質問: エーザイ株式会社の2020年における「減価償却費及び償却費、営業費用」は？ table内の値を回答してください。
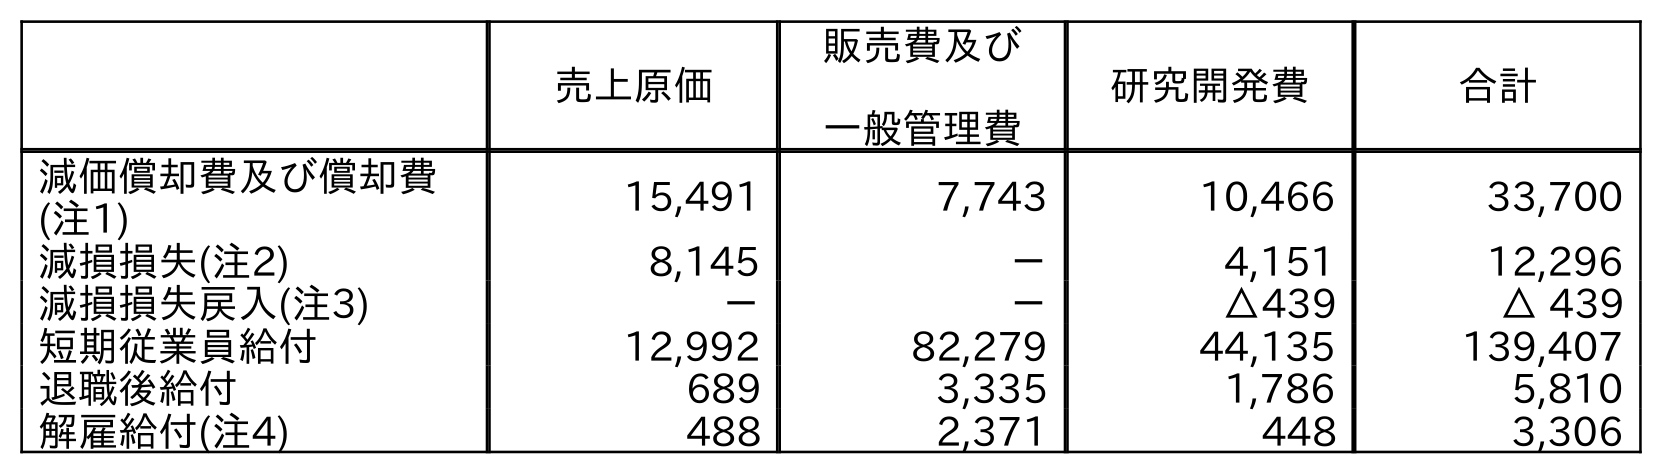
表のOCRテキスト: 売上原価 販売費及び 一般管理費 研究開発費 合計 減価償却費及び償却費 (注1) 15,491 7,743 10,466 33,700 減損損失(注2) 8,145 － 4,151 12,296 減損損失戻入(注3) － － △439 △ 439 短期従業員給付 12,992 82,279 44,135 139,407 退職後給付 689 3,335 1,786 5,810 解雇給付(注4) 488 2,371 448 3,306
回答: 33,700